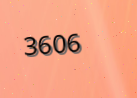
3606